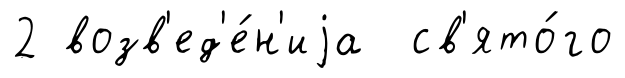
2 возв'ед'е́н'иjа св'ято́го